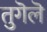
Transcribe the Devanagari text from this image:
तुगॆलॆ